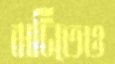
বাটিতেও